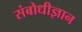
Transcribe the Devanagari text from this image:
संबोधीज्ञान